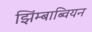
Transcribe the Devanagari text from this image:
झिंम्बाब्वियन